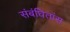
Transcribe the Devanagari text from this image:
संबंधितांस